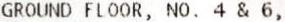
GROUND FLOOR, NO. 4 & 6,